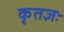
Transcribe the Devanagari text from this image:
कृतज्ञः